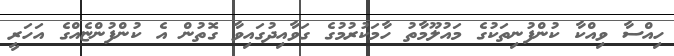
ހިއްސާ ވިއްކާ ކުންފުނިތަކުގެ މައުލޫމާތު ހާމަކުރުމުގެ ގަވާއިދުގައިވާ ގޮތުން އެ ކުންފުންޏެއްގެ އަހަރީ